Annual report of the Punjab Veterinary College and of the Civil Veterinary Department, Punjab - 1894-1908
Year: 1894
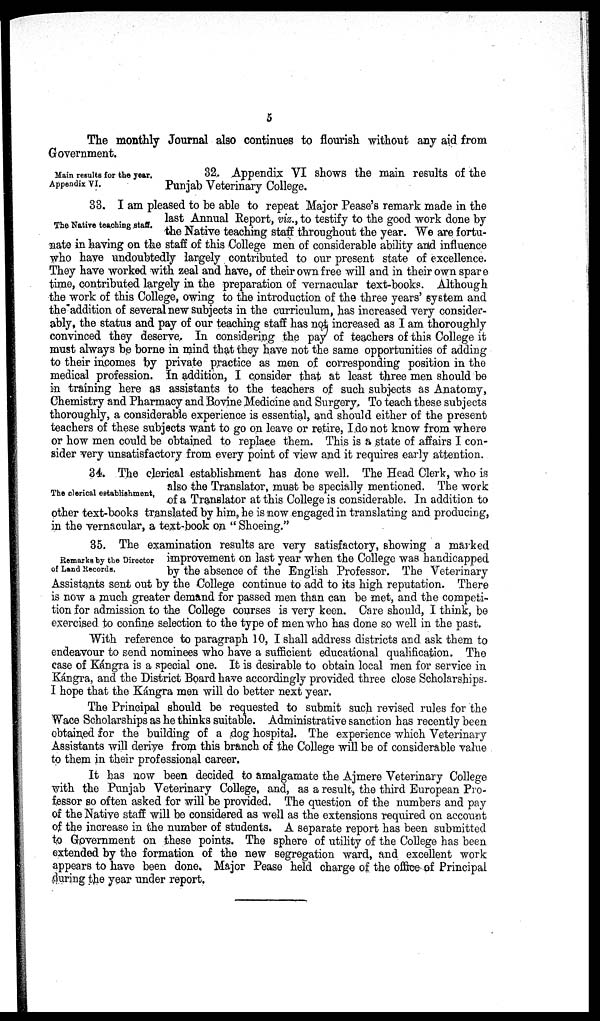
5
The monthly Journal also continues to flourish without any aid from
Government.
Main results for the year.
Appendix VI.
32. Appendix VI shows the main results of the
Punjab Veterinary College.
The Native teaching staff.
33. I am pleased to be able to repeat Major Pease's remark made in the
last Annual Report, viz., to testify to the good work done by
the Native teaching staff throughout the year. We are fortu-
nate in having on the staff of this College men of considerable ability and influence
who have undoubtedly largely contributed to our present state of excellence.
They have worked with zeal and have, of their own free will and in their own spare
time, contributed largely in the preparation of vernacular text-books. Although
the work of this College, owing to the introduction of the three years' system and
the addition of several new subjects in the curriculum, has increased very consider-
ably, the status and pay of our teaching staff has not increased as I am thoroughly
convinced they deserve. In considering the pay of teachers of this College it
must always be borne in mind that they have not the same opportunities of adding
to their incomes by private practice as men of corresponding position in the
medical profession. In addition, I consider that at least three men should be
in training here as assistants to the teachers of such subjects as Anatomy,
Chemistry and Pharmacy and Bovine Medicine and Surgery. To teach these subjects
thoroughly, a considerable experience is essential, and should either of the present
teachers of these subjects want to go on leave or retire, I do not know from where
or how men could be obtained to replace them. This is a state of affairs I con-
sider very unsatisfactory from every point of view and it requires early attention.
The clerical establishment.
34. The clerical establishment has done well. The Head Clerk, who is
also the Translator, must be specially mentioned. The work
of a Translator at this College is considerable. In addition to
other text-books translated by him, he is now engaged in translating and producing,
in the vermicular, a text-book on " Shoeing."
Remarks by the Director
of Land Records.
35. The examination results are very satisfactory, showing a marked
improvement on last year when the College was handicapped
by the absence of the English Professor. The Veterinary
Assistants sent out by the College continue to add to its high reputation. There
is now a much greater demand for passed men than can be met, and the competi-
tion for admission to the College courses is very keen. Care should, I think, be
exercised to confine selection to the type of men who has done so well in the past.
With reference to paragraph 10, I shall address districts and ask them to
endeavour to send nominees who have a sufficient educational qualification. The
case of Kángra is a special one. It is desirable to obtain local men for service in
Kángra, and the District Board have accordingly provided three close Scholarships.
I hope that the Kángra men will do better next year.
The Principal should be requested to submit such revised rules for the
Wace Scholarships as he thinks suitable. Administrative sanction has recently been
obtained for the building of a dog hospital. The experience which Veterinary
Assistants will derive from this branch of the College will be of considerable value
to them in their professional career.
It has now been decided to amalgamate the Ajmere Veterinary College
with the Punjab Veterinary College, and, as a result, the third European Pro-
fessor so often asked for will be provided. The question of the numbers and pay
of the Native staff will be considered as well as the extensions required on account
of the increase in the number of students. A separate report has been submitted
to Government on these points. The sphere of utility of the College has been
extended by the formation of the new segregation ward, and excellent work
appears to have been done. Major Pease held charge of the office of Principal
during the year under report.